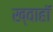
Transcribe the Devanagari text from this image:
ख्वाहाॅ